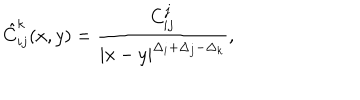
LaTeX: \hat { C } _ { i j } ^ { k } ( x , y ) = \frac { C _ { i j } ^ { j } } { | x - y | ^ { \Delta _ { i } + \Delta _ { j } - \Delta _ { k } } } ,